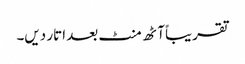
تقریباً آٹھ منٹ بعد اتار دیں۔